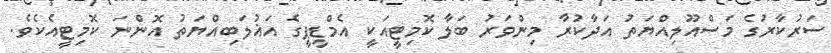
ސަރުކާރުގެ މަސްއޫލިއްޔަތު އަދާކުރާ މިންވަރު ބަލާ ކޮމިޓީއަކީ އެމްޑީޕީގެ އަޣުލަބިއްޔަތު އޮންނަ ކޮމިޓީއެކެވެ.